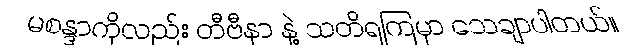
မစန္ဒာကိုလည်း တီဗီနာ နဲ့ သတိရကြမှာ သေချာပါတယ်။